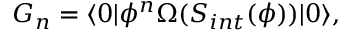
{ \cal G } _ { n } = \langle 0 | \phi ^ { n } \Omega ( S _ { i n t } ( \phi ) ) | 0 \rangle ,